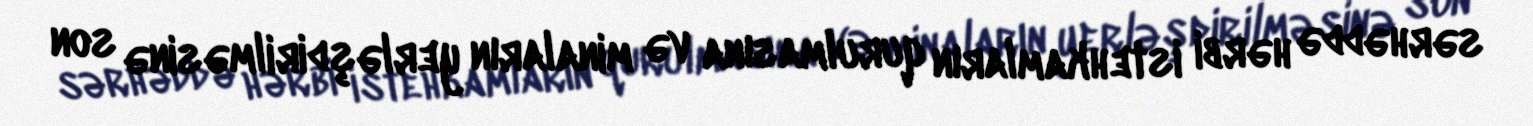
sərhəddə hərbi istehkamların qurulmasına və minaların yerləşdirilməsinə son